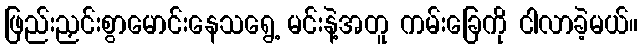
ဖြည်းညှင်းစွာမောင်းနေသရွေ့ မင်းနဲ့အတူ ကမ်းခြေကို ငါလာခဲ့မယ်။